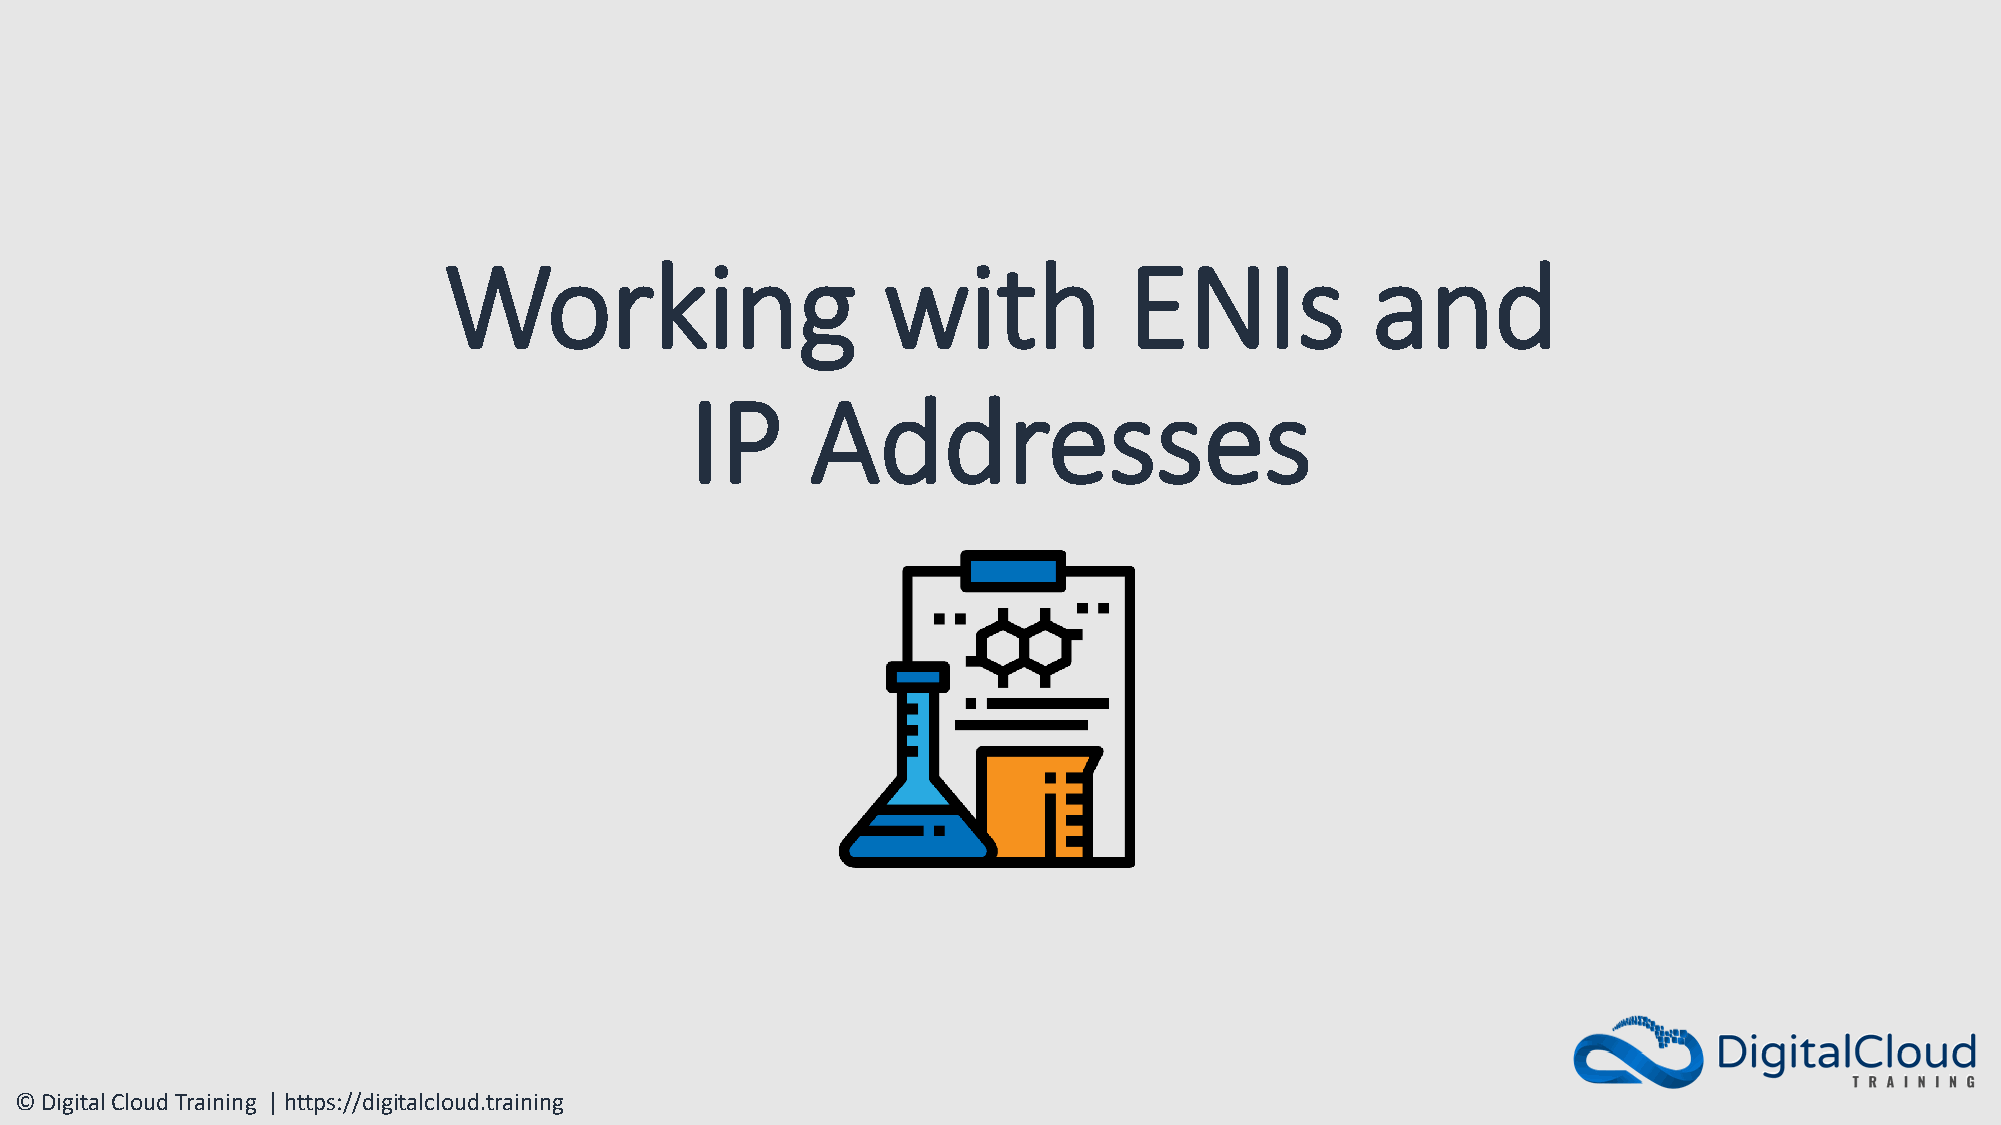
Working                      with             ENIs            and
 IP      Addresses
 © Digital Cloud Training | https://digitalcloud.training